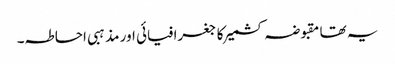
یہ تھا مقبوضہ کشمیر کا جغرافیائی اور مذہبی احاطہ۔